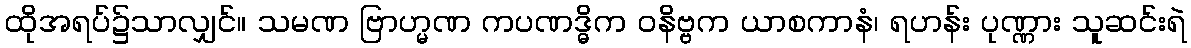
ထိုအရပ်၌သာလျှင်။ သမဏ ဗြာဟ္မဏ ကပဏဒ္ဓိက ဝနိဗ္ဗက ယာစကာနံ၊ ရဟန်း ပုဏ္ဏား သူဆင်းရဲ